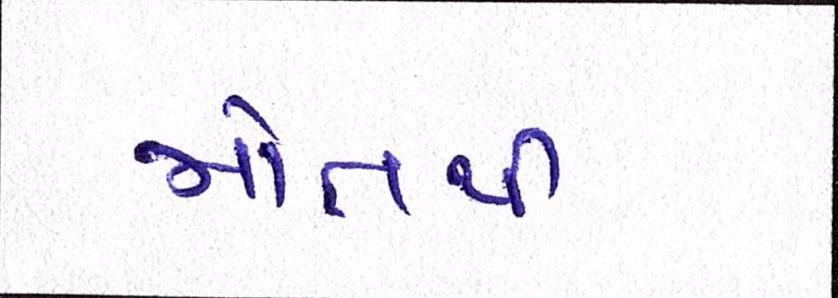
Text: મોતથી